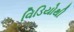
વિડિયોથી